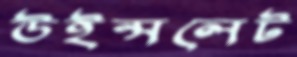
উইন্সলেট